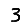
Digit: 3